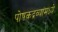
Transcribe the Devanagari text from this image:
पोषकद्रव्यांमध्ये